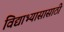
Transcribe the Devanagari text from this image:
विद्याभ्यासासाठी